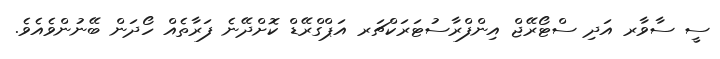
ސީ ސާވާރ އަދި ސްޓޯރޭޖް އިންފްރާސުޓަރަކްޗަރ އަޕްގްރޭޑް ކޮށްދޭނެ ފަރާތެއް ހޯދަން ބޭނުންވެއެވެ.